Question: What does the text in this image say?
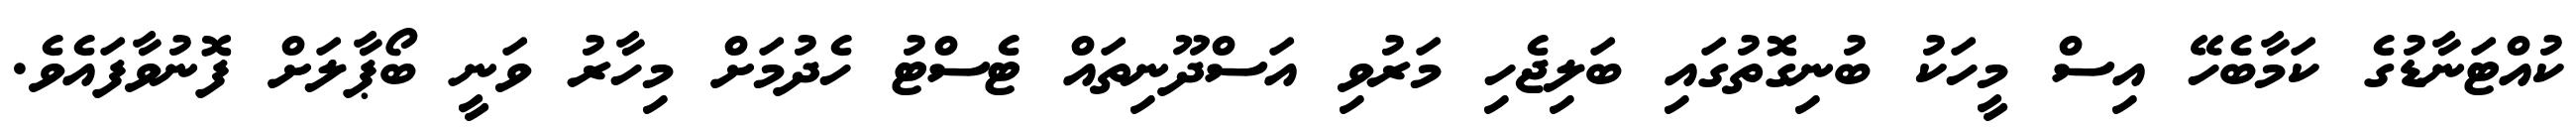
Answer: ކުއްޓަނާޑުގެ ކަމާބެހޭ އިސް މީހަކު ބުނިގޮތުގައި ބަލިޖެހި މަރުވި އަސްދޫނިތައް ޓެސްޓު ހެދުމަށް މިހާރު ވަނީ ބޯޕާލަށް ފޮނުވާފައެވެ.